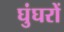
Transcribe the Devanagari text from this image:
घुंघरों